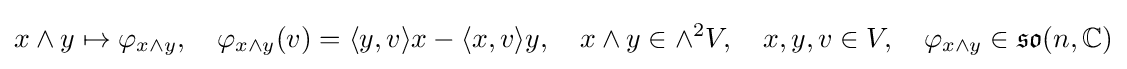
x\wedge y\mapsto \varphi _{x\wedge y},\quad \varphi _{x\wedge y}(v)=\langle y,v\rangle x-\langle x,v\rangle y,\quad x\wedge y\in \wedge ^{2}V,\quad x,y,v\in V,\quad \varphi _{x\wedge y}\in {\mathfrak {so}}(n,\mathbb {C} )